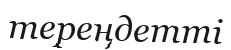
тереңдетті